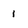
Character: 1